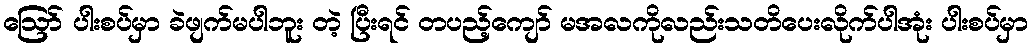
ဪ ပါးစပ်မှာ ခဲဖျက်မပါဘူး တဲ့ ပြီးရင် တပည့်ကျော် မအလကိုလည်းသတိပေးလိုက်ပါအုံး ပါးစပ်မှာ